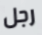
رجل